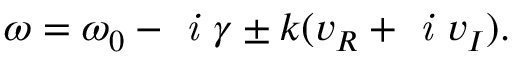
\omega = \omega _ { 0 } - \textit { i } \gamma \pm k ( v _ { R } + \textit { i } v _ { I } ) .